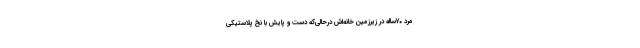
مرد ۷۰ساله در زیرزمین خانه‌اش درحالی‌که دست و پایش با نخ پلاستیکی